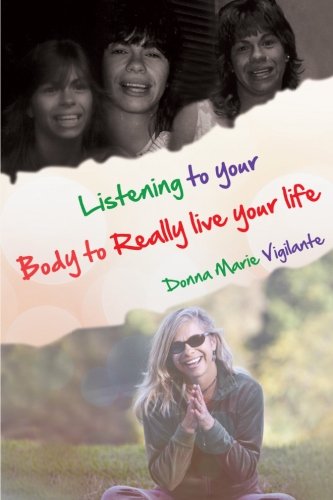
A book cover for Listening to Your Body to Really Live Your Life; Donna Marie Vigilante; Health, Fitness & Dieting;